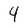
Character: 4